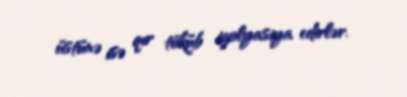
üstünə isə qır töküb izolyasiya edirlər.